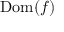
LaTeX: \operatorname { D o m } ( f )